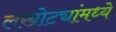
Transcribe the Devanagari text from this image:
लखोट्यांमध्ये